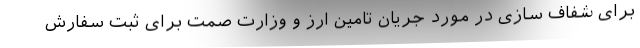
برای شفاف سازی در مورد جریان تامین ارز و وزارت صمت برای ثبت سفارش